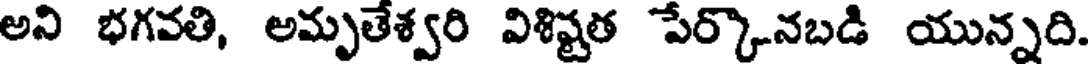
అని భగవతి, అమృతేశ్వరి విశిష్టత పేర్కొనబడి యున్నది.